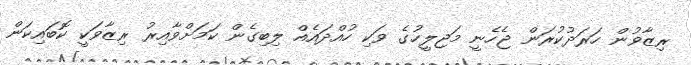
ރިޒާވުން ހަރަދުކުރަން ޖެހެނީ މަޖިލީހުގެ ވަކި ހުއްދައެއް ލިބިގެން ކަމަށްވާއިރު ރިޒާވަކީ ކޮބައިކަން